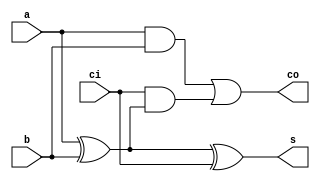
///////////////////////////////////////////////
//	Student ID: 	15520622
//	Module:			addbit
////////////////////////////////////////////
module addbit(s,co,ci,a,b);
	output s,co;
	input ci,a,b;
	xor xor_1(x,a,b); 
	xor xor_2(s,x,ci);
	and and_1(y,a,b);
	and and_2(z,ci,x);
	or or_1(co,y,z);
endmodule